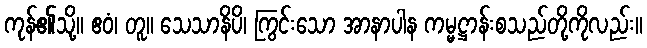
ကုန်၏သို့။ ဧဝံ၊ တူ။ သေသာနိပိ၊ ကြွင်းသော အာနာပါန ကမ္မဋ္ဌာန်းစသည်တို့ကိုလည်း။